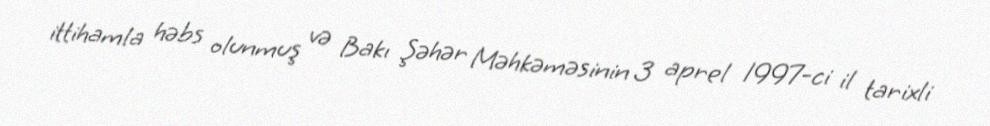
ittihamla həbs olunmuş və Bakı Şəhər Məhkəməsinin 3 aprel 1997-ci il tarixli